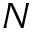
N